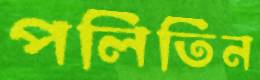
পলিতিন